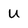
Character: U